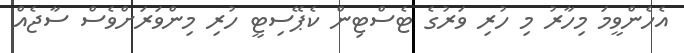
އެހެންވީމަ މިހާރު މި ހުރި ވަރުގެ ޓެސްޓިން ކެޕޭސިޓީ ހުރި މިންވަރަށްވެސް ސާޖެއް